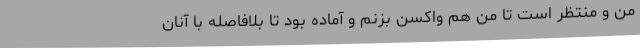
من و منتظر است تا من هم واکسن بزنم و آماده بود تا بلافاصله با آنان